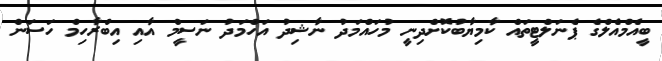
ބީއެމްއެލްގެ ޕެނަލްޓީތައް ކާމިޔާބުކޮށްދިނީ މުހައްމަދު ނާޝިދު އަހްމަދު ނަސީމް އާއި އިބްރާހިމް ހަސަން